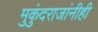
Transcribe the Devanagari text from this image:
मुकुंदराजांनीही